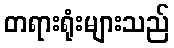
တရားရုံးများသည်